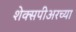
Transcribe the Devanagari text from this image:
शेक्सपीअरच्या